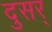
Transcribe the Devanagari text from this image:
दुसर्